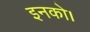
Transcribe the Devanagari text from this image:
इनको।